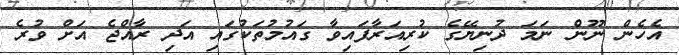
އެހެން ނޫން ނަމަ ދުނިޔޭގެ ކުރިއަރާފައިވާ ގައުމުތަކުގައި އަދި ރާއްޖެ އަށް ވުރެ